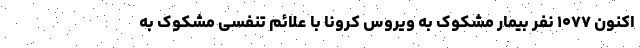
اکنون ۱۰۷۷ نفر بیمار مشکوک به ویروس کرونا با علائم تنفسی مشکوک به